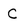
Character: C